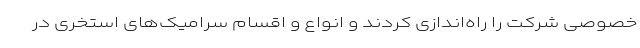
خصوصی شرکت را راه‌اندازی کردند و انواع و اقسام سرامیک‌های استخری در